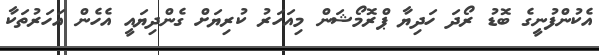
އެކުންފުނީގެ ބޮޑު ރޯދަ ހަދިޔާ ޕްރޮމޯޝަން މިއަހަރު ކުރިޔަށް ގެންދިޔައީ އެހެން އަހަރުތަކާ